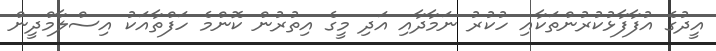
އީދުގެ އުފާފާޅުކުރުންތަކާއި ހުކުރު ނަމާދާއި އަދި މީގެ އިތުރުން ކޮންމެ ހަފްތާއަކު އިސްލާމްދީން